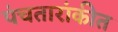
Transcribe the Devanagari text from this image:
पंचतारांकीत